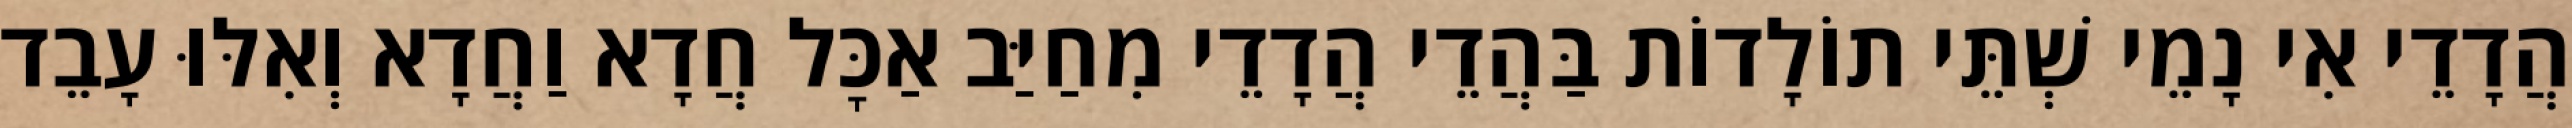
הֲדָדֵי אִי נָמֵי שְׁתֵּי תוֹלָדוֹת בַּהֲדֵי הֲדָדֵי מִחַיַּב אַכׇּל חֲדָא וַחֲדָא וְאִלּוּ עָבֵד